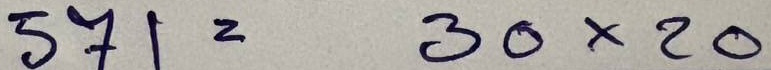
571 = 30 x 20